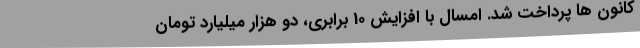
کانون ها پرداخت شد. امسال با افزایش 10 برابری، دو هزار میلیارد تومان